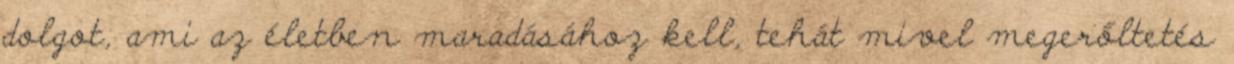
dolgot, ami az életben maradásához kell, tehát mivel megerőltetés